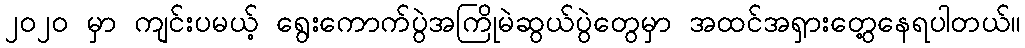
၂၀၂၀ မှာ ကျင်းပမယ့် ရွေးကောက်ပွဲအကြိုမဲဆွယ်ပွဲတွေမှာ အထင်အရှားတွေ့နေရပါတယ်။